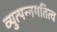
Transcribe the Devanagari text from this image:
व्युत्पन्नमतित्व